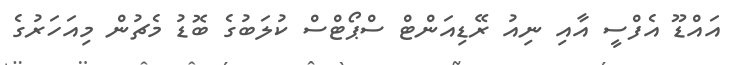
އައްޑޫ އެފްސީ އާއި ނިއު ރޭޑިއަންޓް ސްޕޯޓްސް ކުލަބުގެ ބޮޑު މެޗުން މިއަހަރުގެ